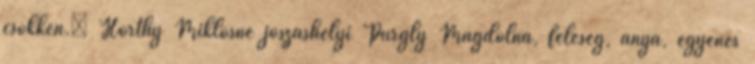
csökken.” Horthy Miklósné jószáshelyi Purgly Magdolna, feleség, anya, egyenes